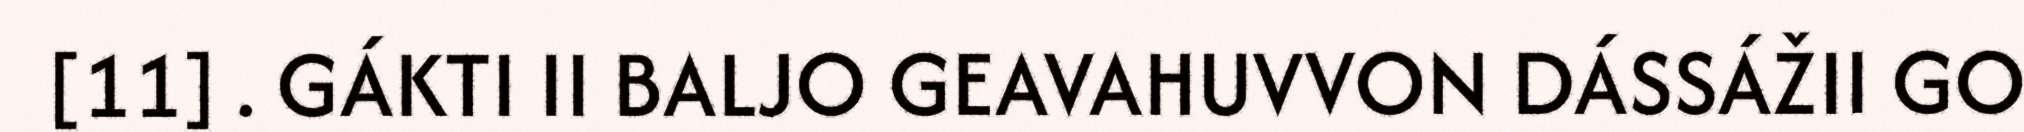
[11] . GÁKTI II BALJO GEAVAHUVVON DÁSSÁŽII GO